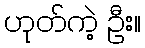
ဟုတ်ကဲ့ ဦး။